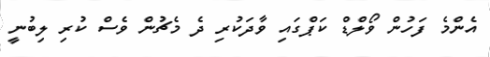
އެންމެ ފަހުން ވޯލްޑް ކަޕްގައި ވާދަކުރި ދެ މެޗުން ވެސް ކުރި ލިބުނީ